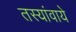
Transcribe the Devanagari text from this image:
तस्यांवाये